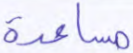
مساعدة